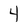
Character: 4